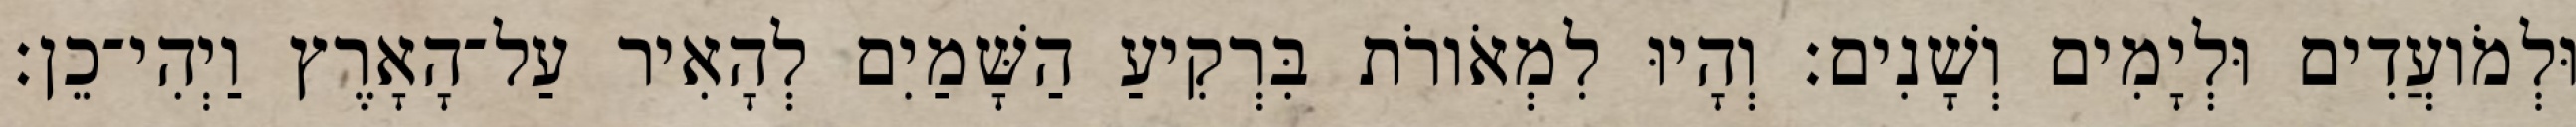
וּלְמֹועֲדִים וּלְיָמִים וְשָׁנִים׃ וְהָיוּ לִמְאֹורֹת בִּרְקִיעַ הַשָּׁמַיִם לְהָאִיר עַל־הָאָרֶץ וַיְהִי־כֵן׃